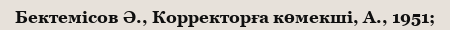
Бектемісов Ә., Корректорға көмекші, А., 1951;